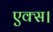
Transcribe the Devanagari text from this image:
एक्स।